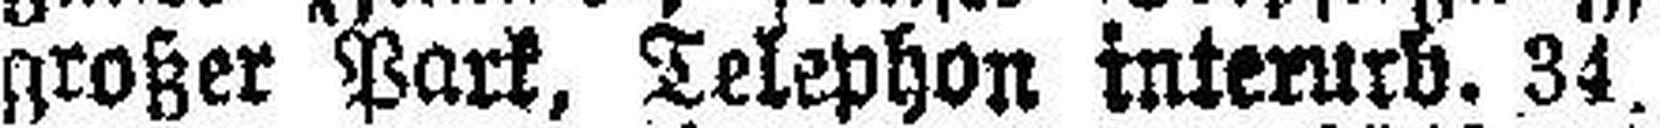
großer Park, Telephon interurb. 34.